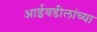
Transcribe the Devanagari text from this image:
आईवडीलांच्या